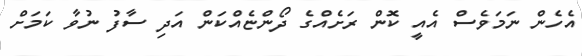
އެހެން ނަމަވެސް އެއީ ކޮން ރަށެއްގެ ދޯންޏެއްކަން އަދި ސާފު ނުވާ ކަމަށް